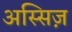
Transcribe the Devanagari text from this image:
अस्सिज़